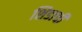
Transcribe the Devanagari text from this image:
शिडाची